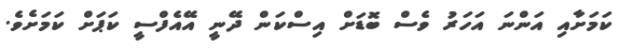
ކަމަށާއި އަންނަ އަހަރު ވެސް ބޮޑަށް އިސްކަން ދޭނީ އޭއެފްސީ ކަޕަށް ކަމަށެވެ.